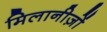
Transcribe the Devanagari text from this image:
मिलानीज़ों